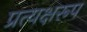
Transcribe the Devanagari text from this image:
प्रत्यक्षरूप